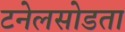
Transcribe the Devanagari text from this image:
टनेलसोडता